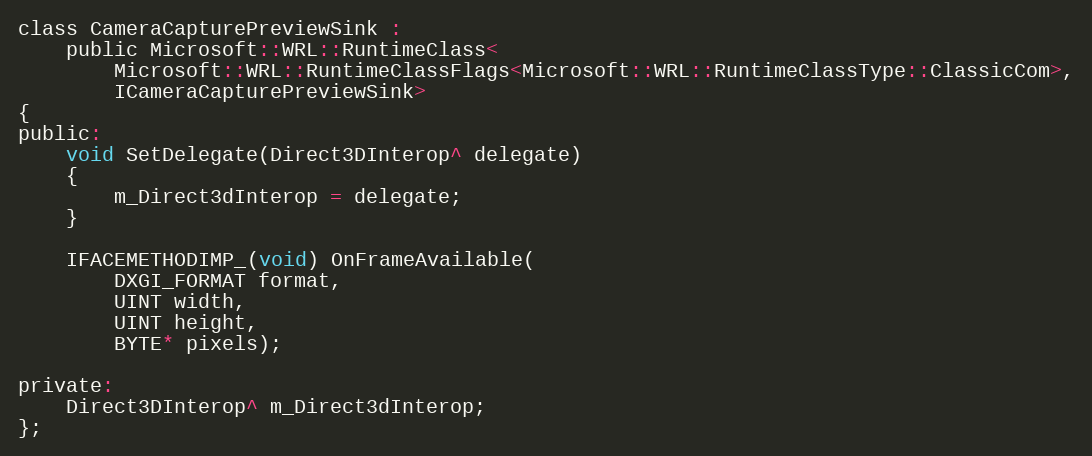
Language: C
class CameraCapturePreviewSink :
    public Microsoft::WRL::RuntimeClass<
        Microsoft::WRL::RuntimeClassFlags<Microsoft::WRL::RuntimeClassType::ClassicCom>,
        ICameraCapturePreviewSink>
{
public:
    void SetDelegate(Direct3DInterop^ delegate)
    {
        m_Direct3dInterop = delegate;
    }

    IFACEMETHODIMP_(void) OnFrameAvailable(
        DXGI_FORMAT format,
        UINT width,
        UINT height,
        BYTE* pixels);

private:
    Direct3DInterop^ m_Direct3dInterop;
};